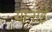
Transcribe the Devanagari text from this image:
यानाई